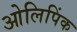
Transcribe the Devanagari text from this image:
ओलिपिंक